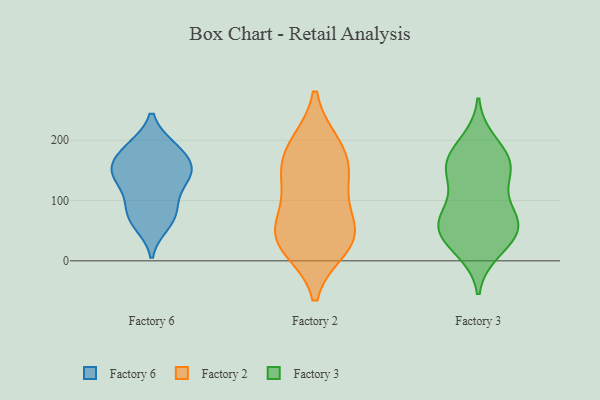
{"axis": {"x": "Revenue (USD Million)", "y": "Value"}, "legend": ["Factory 2", "Factory 3", "Factory 6"], "data": [{"x": "", "y": 65, "type": "Factory 6"}, {"x": "", "y": 189, "type": "Factory 6"}, {"x": "", "y": 155, "type": "Factory 6"}, {"x": "", "y": 160, "type": "Factory 6"}, {"x": "", "y": 153, "type": "Factory 6"}, {"x": "", "y": 86, "type": "Factory 6"}, {"x": "", "y": 126, "type": "Factory 6"}, {"x": "", "y": 60, "type": "Factory 6"}, {"x": "", "y": 136, "type": "Factory 6"}, {"x": "", "y": 153, "type": "Factory 6"}, {"x": "", "y": 141, "type": "Factory 6"}, {"x": "", "y": 102, "type": "Factory 6"}, {"x": "", "y": 189, "type": "Factory 6"}, {"x": "", "y": 78, "type": "Factory 6"}, {"x": "", "y": 189, "type": "Factory 6"}, {"x": "", "y": 145, "type": "Factory 2"}, {"x": "", "y": 60, "type": "Factory 2"}, {"x": "", "y": 47, "type": "Factory 2"}, {"x": "", "y": 192, "type": "Factory 2"}, {"x": "", "y": 30, "type": "Factory 2"}, {"x": "", "y": 190, "type": "Factory 2"}, {"x": "", "y": 46, "type": "Factory 2"}, {"x": "", "y": 120, "type": "Factory 2"}, {"x": "", "y": 23, "type": "Factory 2"}, {"x": "", "y": 149, "type": "Factory 2"}, {"x": "", "y": 133, "type": "Factory 3"}, {"x": "", "y": 64, "type": "Factory 3"}, {"x": "", "y": 28, "type": "Factory 3"}, {"x": "", "y": 178, "type": "Factory 3"}, {"x": "", "y": 60, "type": "Factory 3"}, {"x": "", "y": 65, "type": "Factory 3"}, {"x": "", "y": 166, "type": "Factory 3"}, {"x": "", "y": 145, "type": "Factory 3"}, {"x": "", "y": 55, "type": "Factory 3"}, {"x": "", "y": 17, "type": "Factory 3"}, {"x": "", "y": 158, "type": "Factory 3"}, {"x": "", "y": 36, "type": "Factory 3"}, {"x": "", "y": 197, "type": "Factory 3"}, {"x": "", "y": 70, "type": "Factory 3"}, {"x": "", "y": 86, "type": "Factory 3"}, {"x": "", "y": 153, "type": "Factory 3"}]}